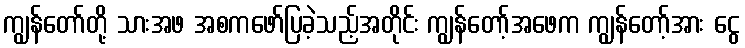
ကျွန်တော်တို့ သားအဖ အစကဖော်ပြခဲ့သည့်အတိုင်း ကျွန်တော့်အဖေက ကျွန်တော့်အား ငွေ